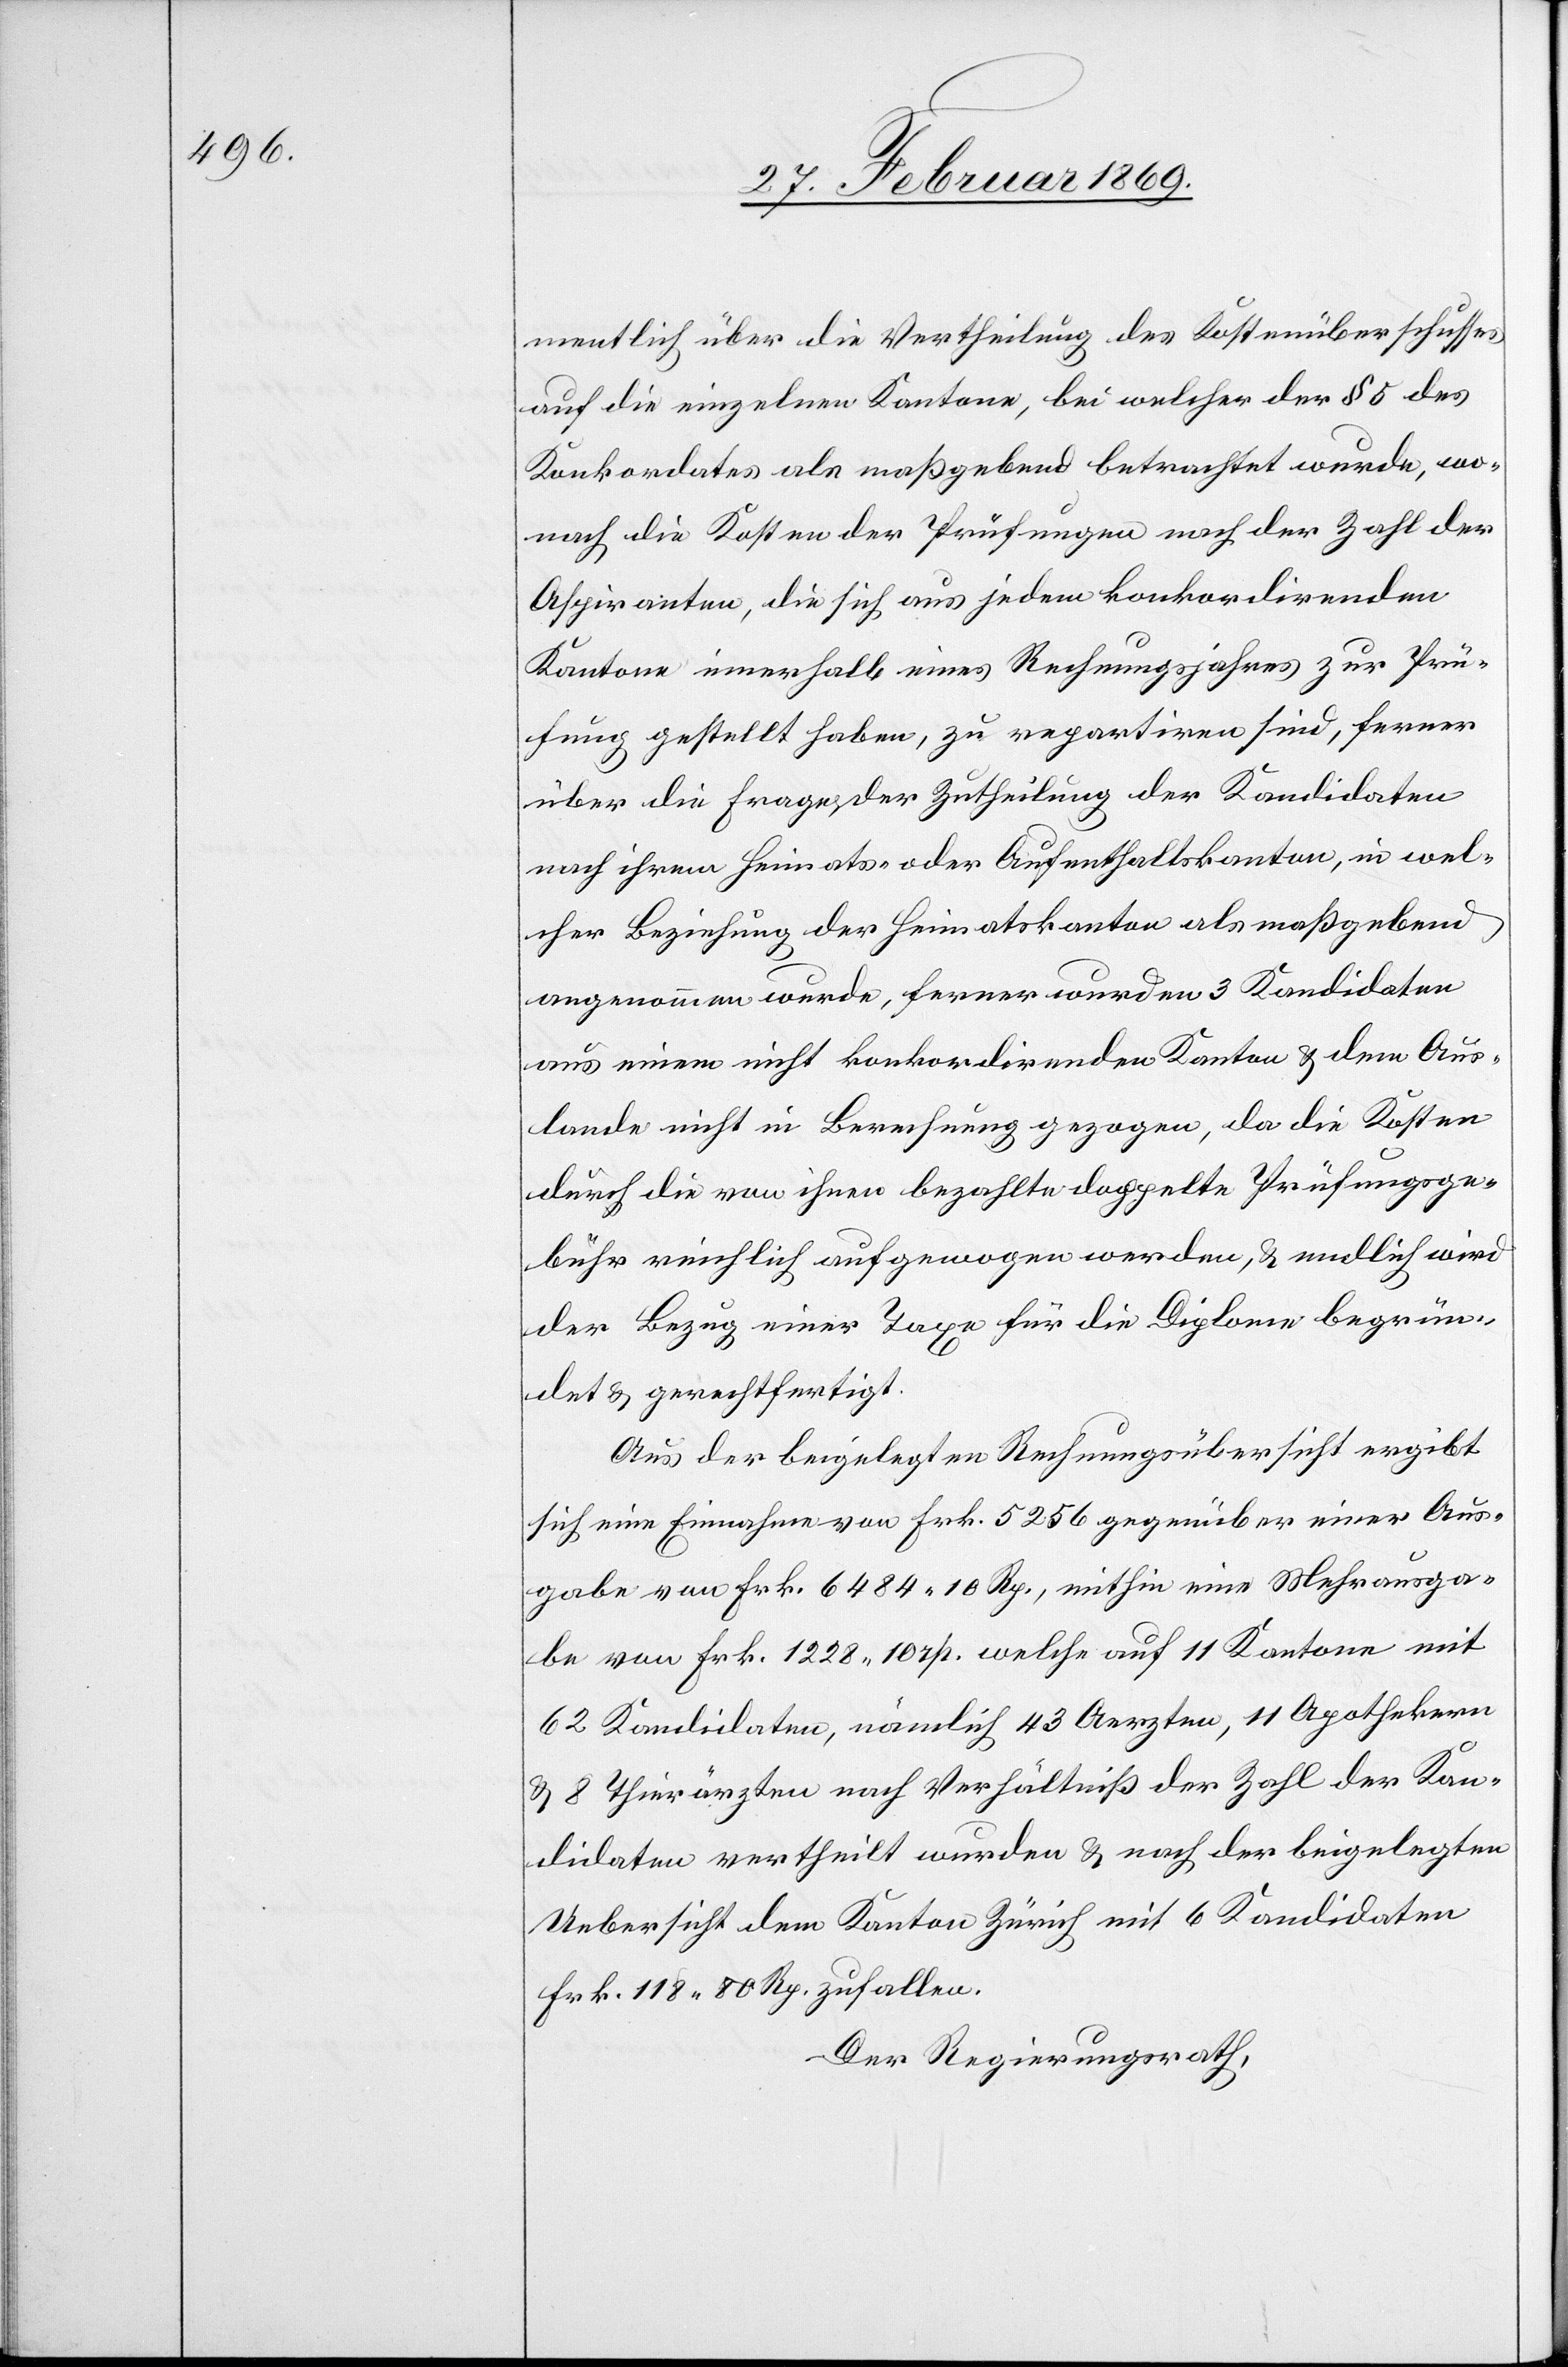
mentlich über die Vertheilung des Kostenüberschusses
auf die einzelnen Kantone, bei welcher der § 5 des
Konkordates als maßgebend betrachtet wurde, wo¬
nach die Kosten der Prüfungen nach der Zahl der
Aspiranten, die sich aus jedem konkordirenden
Kanton innerhalb eines Rechnungsjahres zur Prü¬
fung gestellt haben, zu repartiren sind, ferner
über die Frage der Zutheilung der Kandidaten
nach ihrem Heimats- oder Aufenthaltskanton, in wel¬
cher Beziehung der Heimatskanton als maßgebend
angenommen werde, ferner wurden 3 Kandidaten
aus einem nicht konkordirenden Kanton & dem Aus¬
lande nicht in Berechnung gezogen, da die Kosten
durch die von ihnen bezahlte doppelte Prüfungsge¬
bühr reichlich aufgewogen werden, & endlich wird
der Bezug einer Taxe für die Diplome begrün¬
det & gerechtfertigt.
Aus der beigelegten Rechnungsübersicht ergibt
sich eine Einnahme von Frk. 5256 gegenüber einer Aus¬
gabe von Frk. 6484.10 Rp, mithin eine Mehrausga¬
be von Frk. 1228.10 rp. welche auf 11 Kantone mit
62 Kandidaten, nämlich 43 Aerzten, 11 Apothekern
& 8 Thierärzten nach Verhältniß der Zahl der Kan¬
didaten vertheilt wurden & nach der beigelegten
Uebersicht dem Kanton Zürich mit 6 Kandidaten
Frk. 118.80 Rp. zufallen.
Der Regierungsrath,